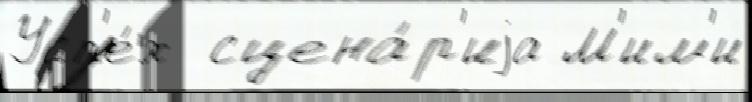
Усп'е́х  сцена́р'иjа М'им'и